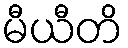
မီယီတိ